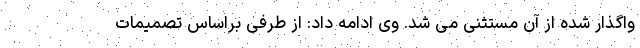
واگذار شده از آن مستثنی می شد. وی ادامه داد: از طرفی براساس تصمیمات